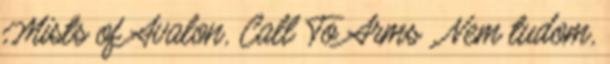
Mists of Avalon, Call To Arms . Nem tudom,